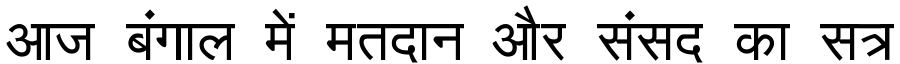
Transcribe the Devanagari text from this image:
आज बंगाल में मतदान और संसद का सत्र